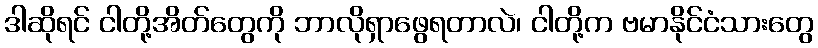
ဒါဆိုရင် ငါတို့အိတ်တွေကို ဘာလိုရှာဖွေရတာလဲ၊ ငါတို့က ဗမာနိုင်ငံသားတွေ